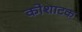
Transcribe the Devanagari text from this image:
कोशाटक